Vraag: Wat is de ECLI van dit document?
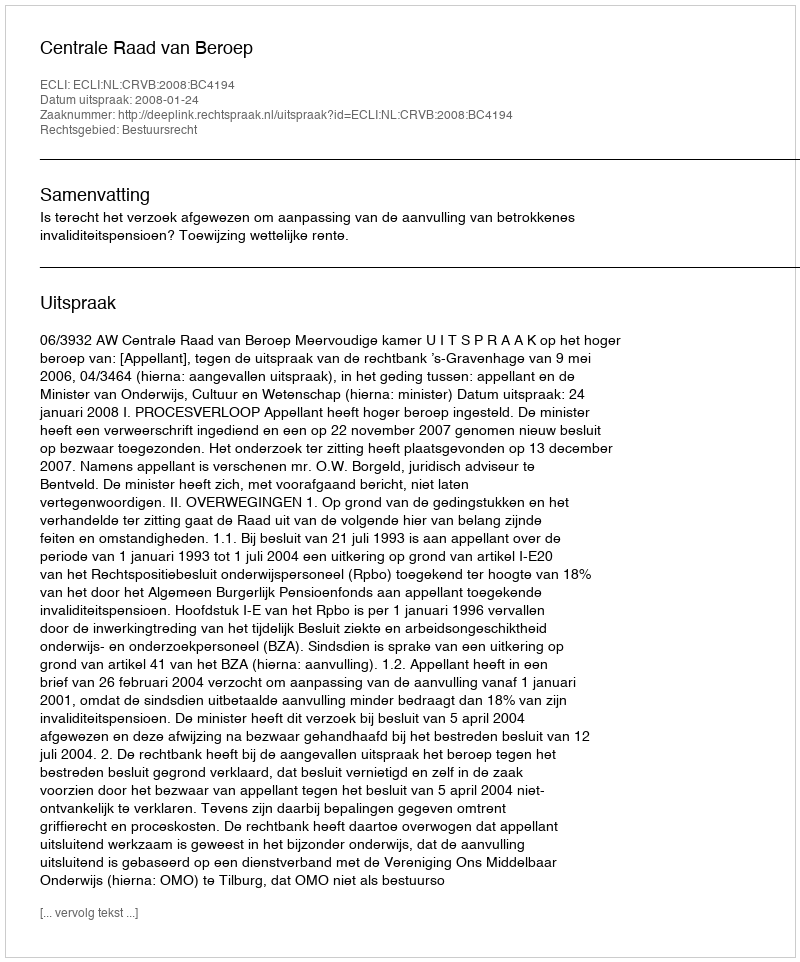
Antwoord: ECLI:NL:CRVB:2008:BC4194